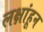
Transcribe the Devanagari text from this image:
लक्षांहून